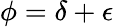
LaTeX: \phi=\delta+\epsilon